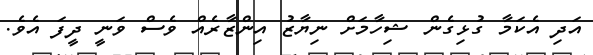
އަދި އެކަމާ ގުޅިގެން ޝިހާމަށް ނިޔާޒު އިންޒާރެއް ވެސް ވަނީ ދީފަ އެވެ.